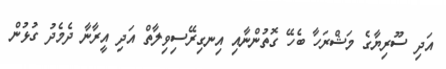
އަދި ސޫރިޔާގެ މަޝްރަހާ ބެހޭ ގޮތުންނާއި އިނގިރޭސިވިލާތް އަދި އީރާނާ ދެމެދު ގުޅުން